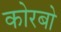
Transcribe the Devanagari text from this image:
कोरबो